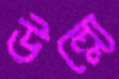
উল্ল্যে